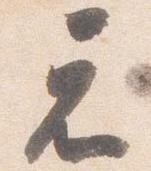
元